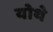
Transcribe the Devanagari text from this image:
योथे